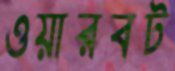
ওয়ারবট